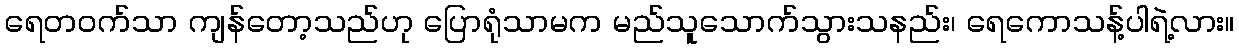
ရေတဝက်သာ ကျန်တော့သည်ဟု ပြောရုံသာမက မည်သူသောက်သွားသနည်း၊ ရေကောသန့်ပါရဲ့လား။